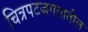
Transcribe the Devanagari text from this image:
चित्रपटजगतातील